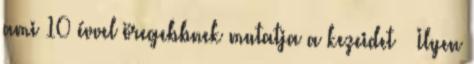
ami 10 évvel öregebbnek mutatja a kezeidet » Ilyen